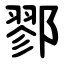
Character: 鄝